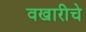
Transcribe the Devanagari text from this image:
वखारीचे